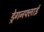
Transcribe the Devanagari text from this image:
ड्रेगनफ्लाई